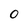
Character: 0